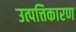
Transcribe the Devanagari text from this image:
उत्पत्तिकारण